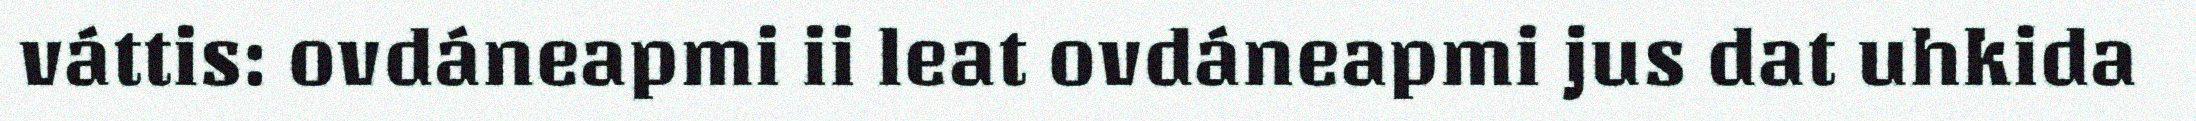
váttis: ovdáneapmi ii leat ovdáneapmi jus dat uhkida